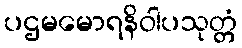
ပဌမမောရနိဝါပသုတ္တံ